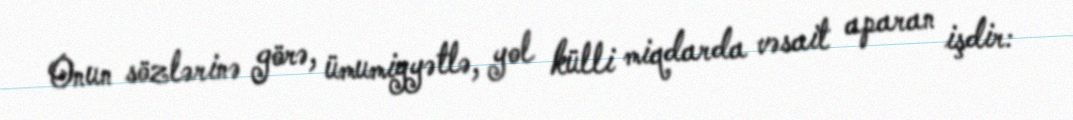
Onun sözlərinə görə, ümumiyyətlə, yol külli miqdarda vəsait aparan işdir: